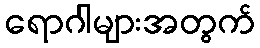
ရောဂါများအတွက်